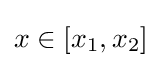
x\in [x_{1},x_{2}]